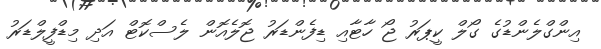
އިންގްލެންޑުގެ ގޯލް ކީޕަރު ޖޯ ހާޓާއި ޑިފެންޑަރު ޖޮލެއޮން ލެސްކޮޓް އަދި މިޑްފީލްޑަރު